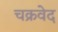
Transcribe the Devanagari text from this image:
चक्रवेद